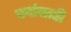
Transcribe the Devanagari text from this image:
वनांसाठी